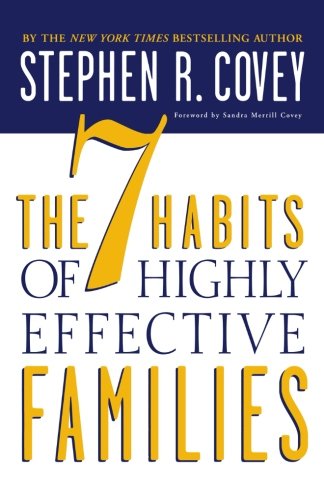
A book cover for The 7 Habits of Highly Effective Families; Stephen R. Covey; Parenting & Relationships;